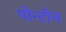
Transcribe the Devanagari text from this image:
पोन्टॉन